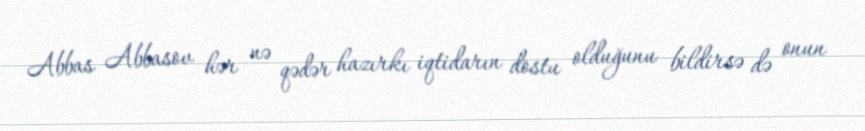
Abbas Abbasov hər nə qədər hazırkı iqtidarın dostu olduğunu bildirsə də onun